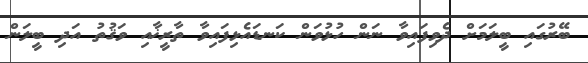
ބޭރުގައި ބީލަމަށް ދެވިފައިވާ ނަން ހުޅުވަން ކަނޑައެޅިފައިވާ ތާރީޚާއި ވަޤުތު އަދި ބީލަން